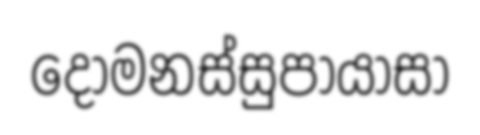
දොමනස්සුපායාසා